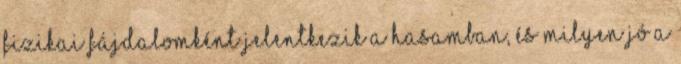
fizikai fájdalomként jelentkezik a hasamban, és milyen jó a